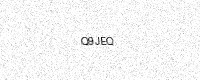
Text: Q9JEQ